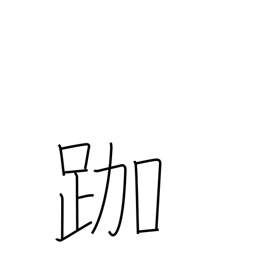
Meaning: sitting in the lotus position